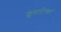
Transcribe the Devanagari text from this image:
खुसरोच्या